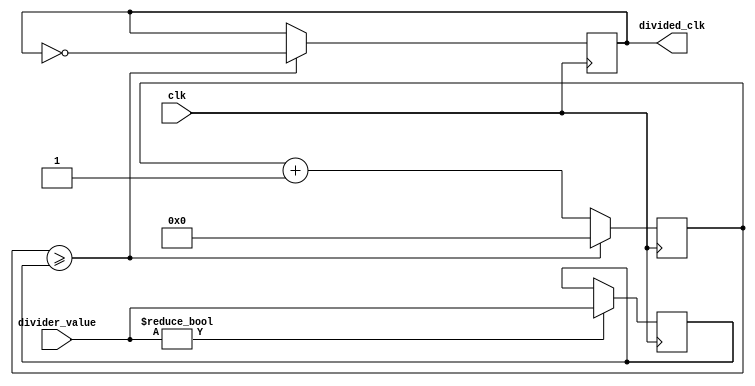
module floating_point_clock_divider(
    input clk,
    input [31:0] divider_value,
    output reg divided_clk
);

reg [31:0] count;
reg [31:0] divider;
reg [31:0] error_threshold;

always @(posedge clk) begin
    if (divider_value != 0) begin
        divider <= divider_value;
    end
    
    if (count >= divider) begin
        count <= 0;
        divided_clk <= ~divided_clk;
    end else begin
        count <= count + 1;
    end
end

always @(posedge clk) begin
    if (error_threshold == 0) begin
        error_threshold <= divider/2;
    end
    
    if (count >= error_threshold) begin
        // Error checking logic here
    end
end

endmodule